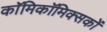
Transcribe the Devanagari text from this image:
काॅमिकॉमिक्सकों